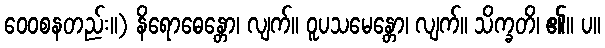
ဝေဝစနတည်း။) နိရောဓေန္တော၊ လျက်။ ဝူပသမေန္တော၊ လျက်။ သိက္ခတိ၊ ၏။ ပ။